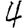
Digit: 4